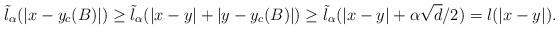
LaTeX: \begin{align*}\tilde{l}_\alpha(|x-y_c(B)|)\geq \tilde{l}_\alpha(|x-y|+|y-y_c(B)|)\geq \tilde{l}_\alpha(|x-y|+\alpha\sqrt{d}/2)= l(|x-y|).\end{align*}